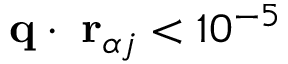
{ \bf q } \cdot { \bf \delta r } _ { \alpha j } < 1 0 ^ { - 5 }